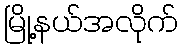
မြို့နယ်အလိုက်